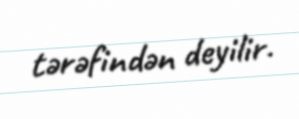
tərəfindən deyilir.